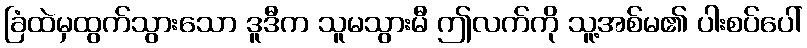
ခြံထဲမှထွက်သွားသော ဒူဒီက သူမသွားမီ ဤလက်ကို သူ့အစ်မ၏ ပါးစပ်ပေါ်